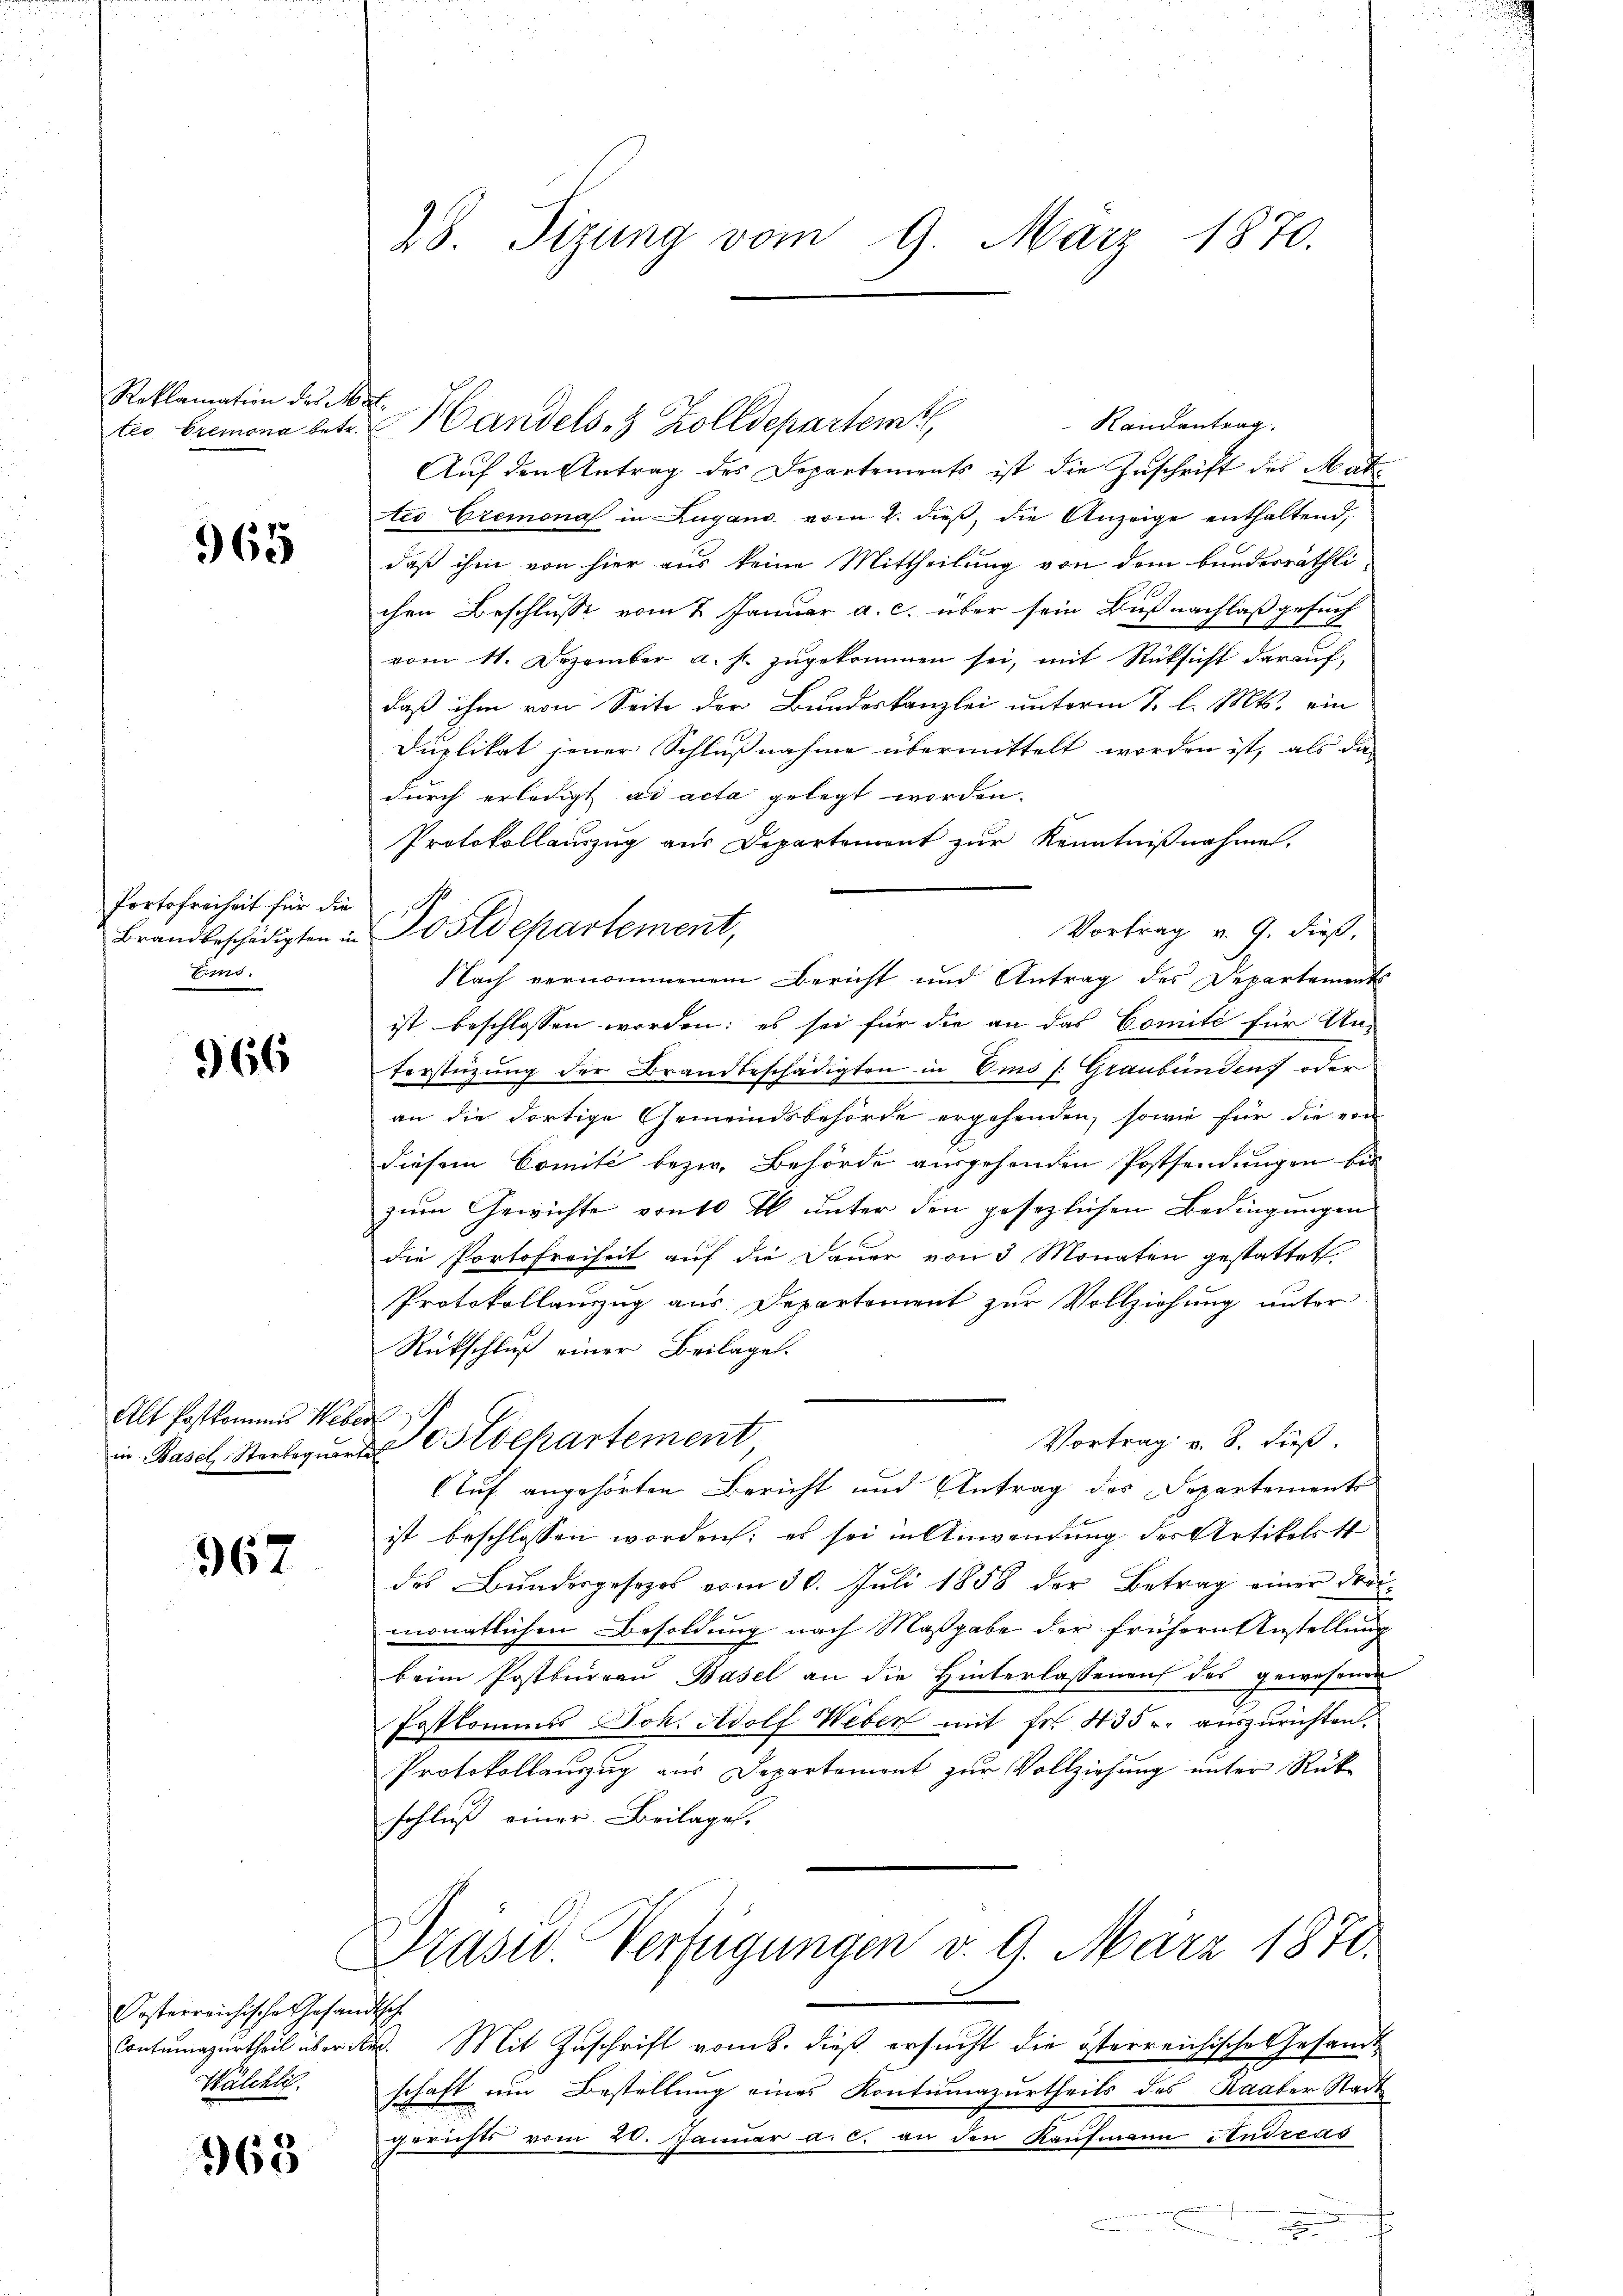
Reklamation des M

965

Portofreiheit für die
Brandbeschädigten in
Eins

966

Alt Postkommis Weber

367

Kosterreichische Gesandtsche
Wälchlic

968

28. Sizung vom 9. März 1870.

s
teo bremona betr. Handels 8 Zolldepartem

Auf den Antrag des Departements ist die Zuschrift des Matco Cremona in Zugano vom 2. dieß, die Anzeige enthaltend,
daß ihm von hier aus keine Mittheilung von dem bunderräthlichen Beschlusse vom 2 Januar a. c. über sein Buß nachlaß gesuch
vom 11. Dezember a. s. zŭgekommen sei, mit Rücksicht daraŭf,
daß ihm von Seite der Bundeskanzlei unterm 7. l. Mts. ein
Duplikat jener Schlußnahme übermittelt worden ist, als das
durch erledigt ad acta gelegt worden.
Protokollamzug aus Departement zur Kenntnißnahme.
Vortrag v. 9. dieß,
Nach vernommenen Bericht und Antrag des Departements
ist beschlossen worden; es sei für die an das Comité für Un-
Verstützung der Brandbeschädigten in Emo (: Graubünden oder
an die dortige Gemeindsbehörde ergehenden, sowie für die von
diesem Comité bezw. Behörde ausgehenden Postsendungen bis
zum Gewichte von 10 fl unter den gesezlichen Bedingungen
die Portofreiheit auf die Dauer von 3 Monaten gestattet.
Protokollauszug aus Departement zur Vollziehung unter¬
Rückschluß einer Beilage.
Vortrag v. 8. dieß.
in Basel Sterbegŭrstdepartement,
Auf angehörten Bericht und Antrag des Departements
ist beschlossen worden: es sei in Anwendung der Artikelett
des Bŭndesgesetzes vom 30. Juli 1858 der Betrag einer drei-
monatlichen Besoldung nach Maßgabe der frühern Anstellung
beim Postbureau Basel an die Hinterlassenen des gewesenen
Prstkommis Joh. Adolf Weber mit fr. 435 r. auszurichten.
Protokollauszug aus Departament zur Vollziehung unter Rück-
schluß einer Beilagen.
Präsid. Verfügungen v. 9. März 1871.
Contumazurtheil über dr. Mit Zuschrift vom 8. dieß ersucht die österreichische Gesandt
schaft um Bestellung eines Kontumazurtheils des Kauter Stadt
Gerichts vom 20. Januar a. c. an den Kaufmann Andreas

Postdepartement,

Randantrag.

.